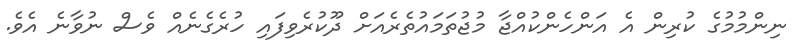
ނިންމުމުގެ ކުރިން އެ އަންހެންކުއްޖާ މުޖުތަމައުތެރެއަށް ދޫކުރެވިފައި ހުރެގެނެއް ވެސް ނުވާނެ އެވެ.